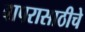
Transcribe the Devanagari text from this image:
वापरासाठीचे